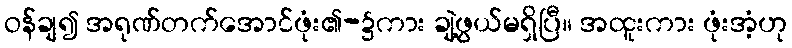
ဝန်ချ၍ အရုဏ်တက်အောင်ဖုံး၏-၌ကား ချဲ့ဖွယ်မရှိပြီ။ အထူးကား ဖုံးအံ့ဟု